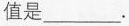
值是_________。